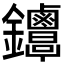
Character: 𨰳